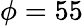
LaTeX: \phi=55